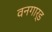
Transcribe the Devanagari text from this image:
वनगार्ड